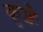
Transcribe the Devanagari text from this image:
कुशैः